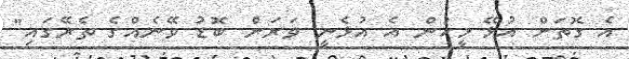
އެ ގޮތަށް އުޅޭ މީހުން އެ އުޅެނީ ވަރަށް ބޮޑު ވޭނެއްގެ ތެރޭގައި"